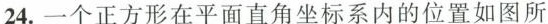
24.一个正方形在平面直角坐标系内的位置如图所